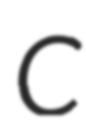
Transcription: C